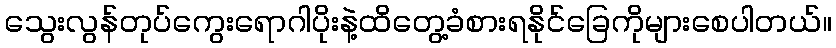
သွေးလွန်တုပ်ကွေးရောဂါပိုးနဲ့ထိတွေ့ခံစားရနိုင်ခြေကိုများစေပါတယ်။